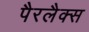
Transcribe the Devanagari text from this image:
पैरलैक्स